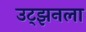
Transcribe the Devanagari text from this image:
उट्झनला